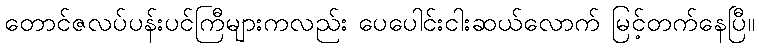
တောင်ဇလပ်ပန်းပင်ကြီများကလည်း ပေပေါင်းငါးဆယ်လောက် မြင့်တက်နေပြီ။